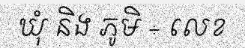
ឃុំ និង ភូមិ ÷ លេខ